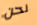
نحن